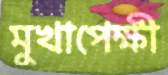
মুখাপেক্ষী